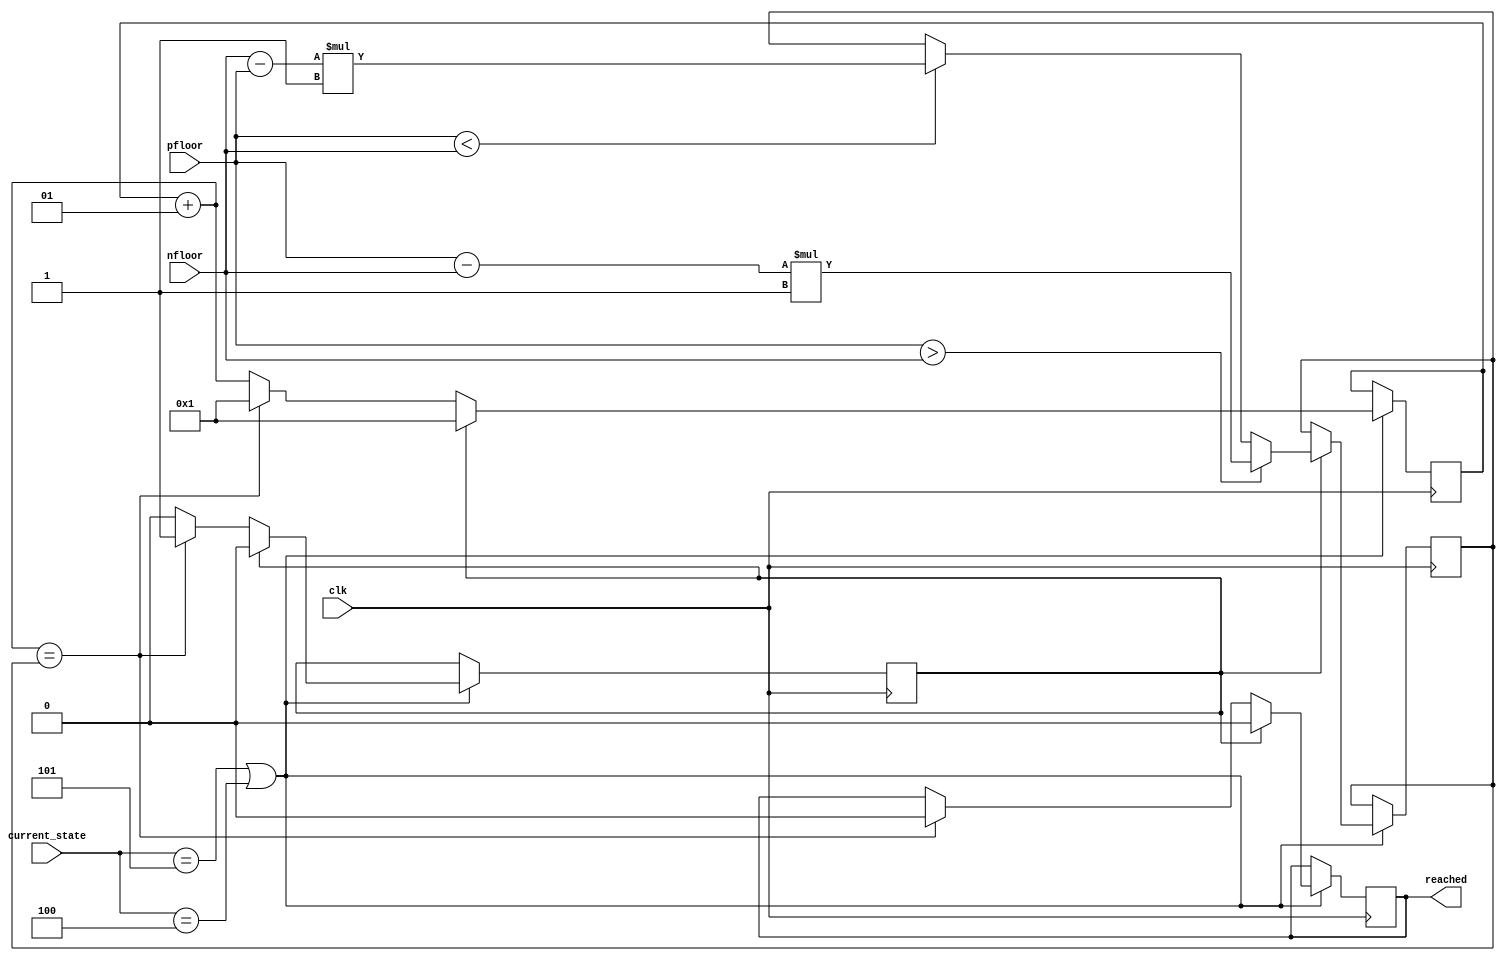
module timer(
    //system input
    input clk,
    //module input
    input [31:0] current_state,
    input [31:0] nfloor,
    input [31:0] pfloor,

    output reached);
/*
This design module is monitors the time of moving the lift up or down. 
It takes as input 
1. clock, 
2. present state of lift
3. present floor
4. next floor

and generates binary output
1. reached = 0 for not reached and = 1 for reached

This program is implemented in two always block
1. with continuous block
2. with positive clock edge
*/
parameter STATE_DOOR_OPEN  = 1;
parameter STATE_DOOR_CLOSE = 2;
parameter STATE_READY      = 3;
parameter STATE_MOVE_UP    = 4;
parameter STATE_MOVE_DOWN  = 5;

reg reached;
reg flag;
integer counter;
integer targetcount;
integer speed = 1;// number of clock cycles for one floor travel
initial flag = 1;

always @(posedge clk)
    begin
        if ((current_state == STATE_MOVE_DOWN) | (current_state == STATE_MOVE_UP))
            begin
            if (flag == 1)
                begin
                    counter  = 1;
                    flag     = 0;
                    reached  = 0;
                    if (pfloor > nfloor)      targetcount = (pfloor - nfloor) * speed;
                    else if (pfloor < nfloor) targetcount = (nfloor - pfloor) * speed;
                end
            
            else if (flag == 0) 
                begin
                    counter = counter + 1;
                    if (counter == targetcount) 
                        begin
                        reached = 1;
                        flag    = 1;
                        counter = 1;
                        #(speed+4)
                        reached = 0;
                        end
                end
            end        
    end


/*
always 
    begin
        if ((current_state == STATE_MOVE_DOWN) | (current_state == STATE_MOVE_UP))
            begin
                if (nfloor == pfloor)
                    reached = 1;
                else
                    reached = 0;
            end
        else
            reached = 0;
    end
*/
endmodule